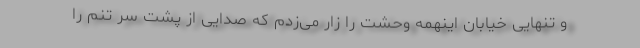
و تنهایی خیابان اینهمه وحشت را زار می‌زدم که صدایی از پشت سر تنم را